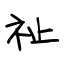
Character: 祉